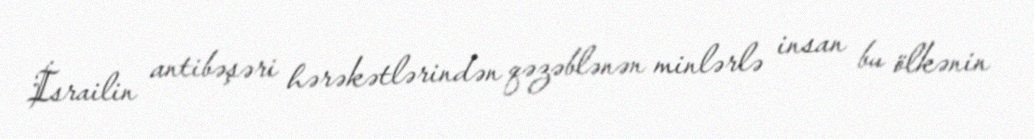
İsrailin antibəşəri hərəkətlərindən qəzəblənən minlərlə insan bu ölkənin